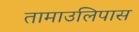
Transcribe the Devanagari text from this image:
तामाउलिपास